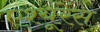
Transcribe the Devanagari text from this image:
एश्यूरेंस